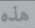
هذه